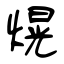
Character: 熀